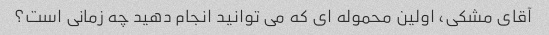
آقای مشکی، اولین محموله ای که می توانید انجام دهید چه زمانی است؟